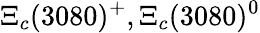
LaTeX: \Xi_{c}(3080)^{+},\Xi_{c}(3080)^{0}